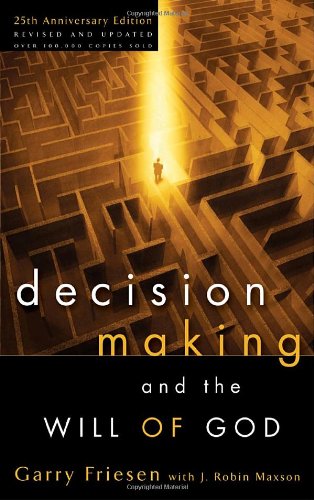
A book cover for Decision Making and the Will of God: A Biblical Alternative to the Traditional View; Garry Friesen; Christian Books & Bibles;